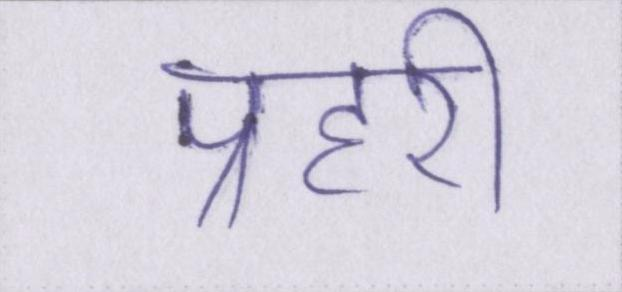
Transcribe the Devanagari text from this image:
प्रहरी